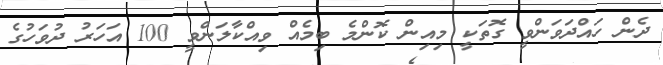
ދެން ހައްދަވަންވީ ގޮތަކީ މިއިން ކޮންމެ ބިމެއް ވިއްކާލަންވީ 100 އަހަރު ދުވަހުގެ